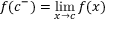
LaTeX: f ( c ^ { - } ) = \operatorname* { l i m } _ { x \to c } f ( x )